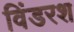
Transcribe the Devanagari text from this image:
विंडरश